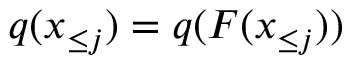
q ( \boldsymbol x _ { \le j } ) = q ( F ( \boldsymbol x _ { \le j } ) )